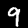
Digit: 9